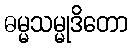
ဓမ္မသမ္မုဒိတော